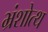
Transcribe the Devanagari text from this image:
भ्रंशोत्थ